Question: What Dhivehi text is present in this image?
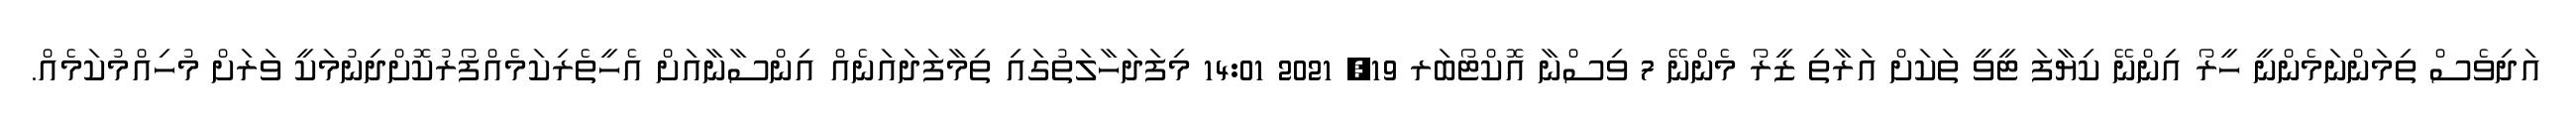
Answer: އަދިވެސް ތިމަންނަމެންނީ ހީރޯ އިންނޭ ކިޔާފަ ޓީވީ ތަކަށް އަރާތި ޒީރޯ މެންނޭ 7 ވިސްނާ އޮކްޓޯބަރ 19, 2021 14:01 މިފަދަހާލަތުގައި ތިމާފަދައަނެއް އިންސާނާއަށް އެހީތެރިކަމެއްފޯރުކޮށްދިނުމަކީ ވަރަށް މުހިއްމުކަމެއް.